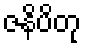
ဇနိပိတု